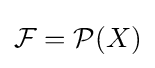
{\mathcal {F}}={\mathcal {P}}(X)